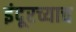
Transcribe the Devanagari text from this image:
इंदूरच्याच